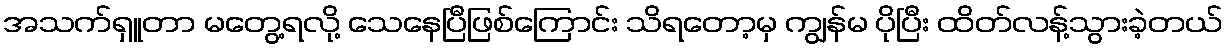
အသက်ရှူတာ မတွေ့ရလို့ သေနေပြီဖြစ်ကြောင်း သိရတော့မှ ကျွန်မ ပိုပြီး ထိတ်လန့်သွားခဲ့တယ်